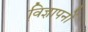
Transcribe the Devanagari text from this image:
वि़ज्ञापनों